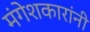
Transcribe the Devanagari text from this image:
मंगेशकारांनी